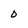
Character: 0